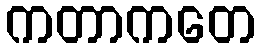
ကတာကတေ